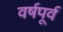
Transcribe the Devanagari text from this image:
वर्षपूर्व